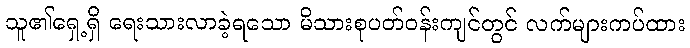
သူ၏ရှေ့ရှိ ရေးသားလာခဲ့ရသော မိသားစုပတ်ဝန်းကျင်တွင် လက်များကပ်ထား